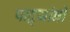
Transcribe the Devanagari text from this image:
पाद्र्यांनी